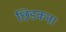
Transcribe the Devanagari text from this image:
छिडकना